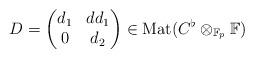
LaTeX: \begin{align*}D = \begin{pmatrix}d_1 & dd_1 \\ 0 & d_2\end{pmatrix} \in \operatorname{Mat}(C^\flat \otimes_{\mathbb{F}_p} \mathbb{F})\end{align*}